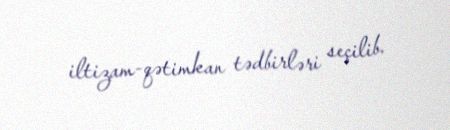
iltizam-qətimkan tədbirləri seçilib.